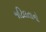
જટિલતાનો